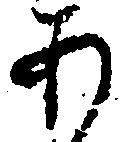
あ